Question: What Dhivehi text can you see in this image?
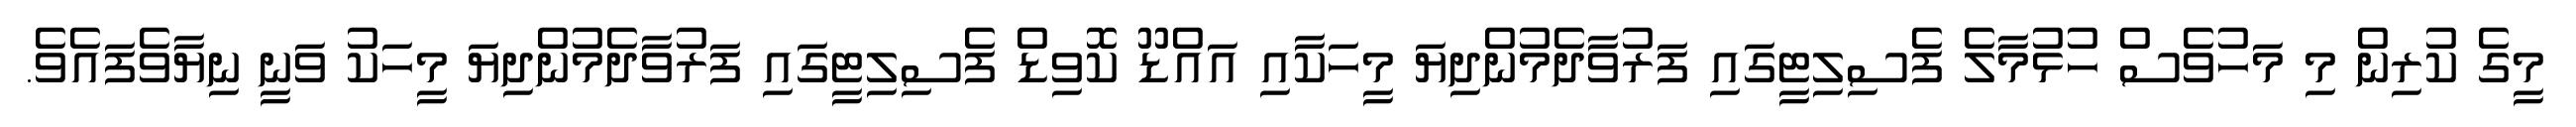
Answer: މީގެ ކުރިން މި މަހުވެސް ހުޅުމާލެ ފެސިލިޓީގައި ފަރުވާދެމުންދިޔަ މީހަކާއި އައްޑޫ ކޮވިޑް ފެސިލިޓީގައި ފަރުވާދެމުންދިޔަ މީހަކު ވަނީ ނިޔާވެފައެވެ.